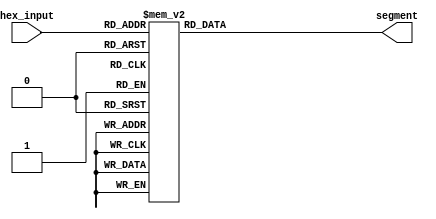
module To7Seg(
        input wire [3:0] hex_input,
        output wire [6:0] segment
    );

    reg [6:0] segment;
    always @(hex_input)
      case (hex_input)
          4'b0001 : segment = 7'b1111001;   // 1
          4'b0010 : segment = 7'b0100100;   // 2
          4'b0011 : segment = 7'b0110000;   // 3
          4'b0100 : segment = 7'b0011001;   // 4
          4'b0101 : segment = 7'b0010010;   // 5
          4'b0110 : segment = 7'b0000010;   // 6
          4'b0111 : segment = 7'b1111000;   // 7
          4'b1000 : segment = 7'b0000000;   // 8
          4'b1001 : segment = 7'b0010000;   // 9
          4'b1010 : segment = 7'b0001000;   // A
          4'b1011 : segment = 7'b0000011;   // B
          4'b1100 : segment = 7'b1000110;   // C
          4'b1101 : segment = 7'b0100001;   // D
          4'b1110 : segment = 7'b0000110;   // E
          4'b1111 : segment = 7'b0001110;   // F
          default : segment = 7'b1000000;   // 0
      endcase
endmodule